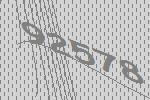
92578